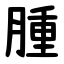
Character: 腫